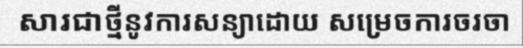
សារជាថ្មីនូវការសន្យាដោយ សម្រេចការចរចា